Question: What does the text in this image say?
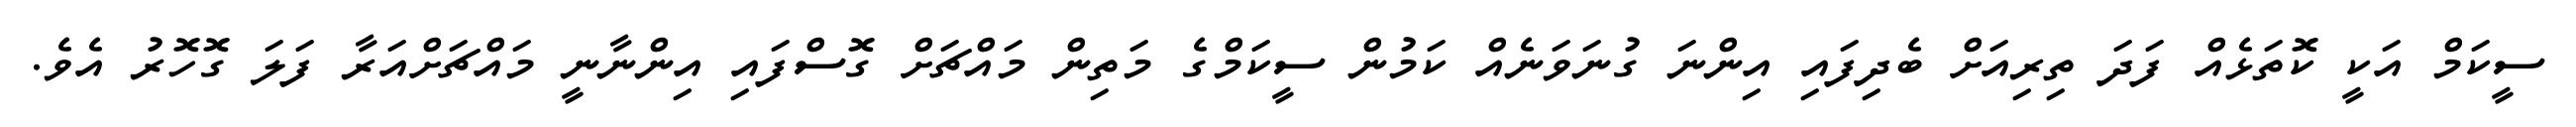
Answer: ސީކަމް އަކީ ކޮތަޅެއް ފަދަ ތިރިއަށް ބެދިފައި އިންނަ ގުނަވަނެއް ކަމުން ސީކަމްގެ މަތިން މައްޗަށް ގޮސްފައި އިންނާނީ މައްޗަށްއަރާ ފަލަ ގޮހޮރު އެވެ.